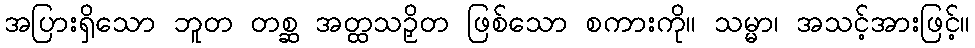
အပြားရှိသော ဘူတ တစ္ဆ အတ္ထသဉှိတ ဖြစ်သော စကားကို။ သမ္မာ၊ အသင့်အားဖြင့်။